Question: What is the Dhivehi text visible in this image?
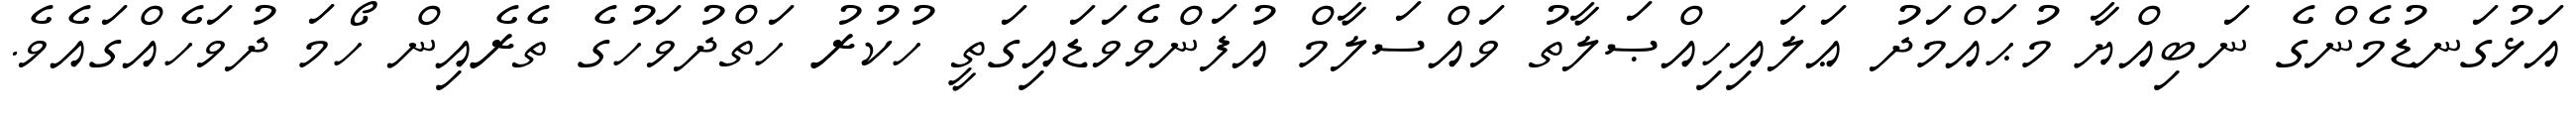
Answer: އަޅުގަނޑުމެންގެ ނަބިއްޔާ މުޙައްމަދު ޢަލައިހިއްޞަލާތު ވައްސަލާމް އުފަންވެވަޑައިގަތީ ހުކުރު ހަތްދުވަހުގެ ތެރެއިން ހޯމަ ދުވަހެއްގައެވެ.